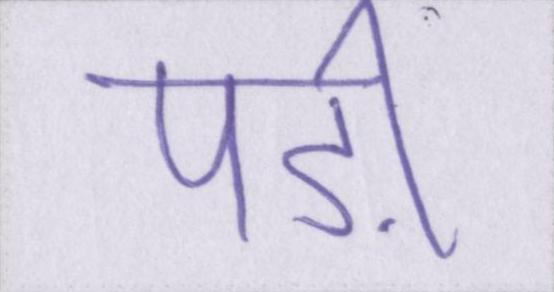
पड़ी